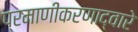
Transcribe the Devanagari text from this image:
प्रमाणीकरणाद्वारे